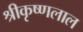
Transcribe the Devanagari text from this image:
श्रीकृष्णलाल